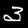
Label: 3